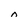
Character: n